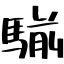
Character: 騚